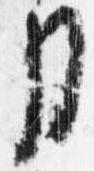
月